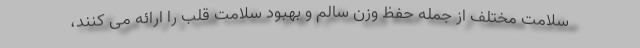
سلامت مختلف از جمله حفظ وزن سالم و بهبود سلامت قلب را ارائه می کنند،